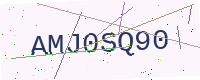
Text: AMJ0SQ90